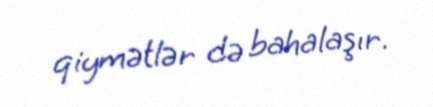
qiymətlər də bahalaşır.